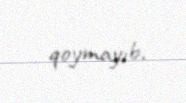
qoymayıb.